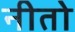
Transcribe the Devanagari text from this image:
नीतो